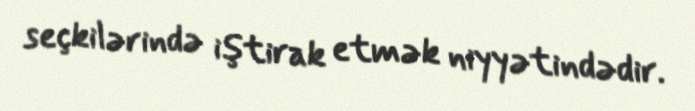
seçkilərində iştirak etmək niyyətindədir.